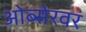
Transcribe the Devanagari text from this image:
ओब्सेरवर